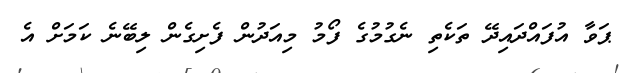
ޕަވާ އުފައްދައިދޭ ތަކެތި ނެގުމުގެ ފޯމު މިއަދުން ފެށިގެން ލިބޭނެ ކަމަށް އެ